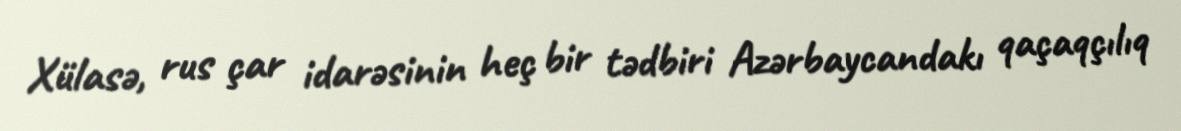
Xülasə, rus çar idarəsinin heç bir tədbiri Azərbaycandakı qaçaqçılıq